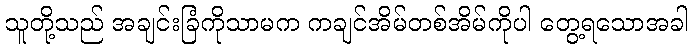
သူတို့သည် အချင်းခြံကိုသာမက ကချင်အိမ်တစ်အိမ်ကိုပါ တွေ့ရသောအခါ